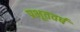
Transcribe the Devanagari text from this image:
प्रभूतवर्ष